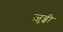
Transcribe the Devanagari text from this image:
ज़ुब्बी